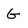
Character: G